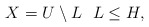
\begin{align*}X=U \setminus L~~L\leq H,\end{align*}